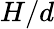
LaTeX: H/d